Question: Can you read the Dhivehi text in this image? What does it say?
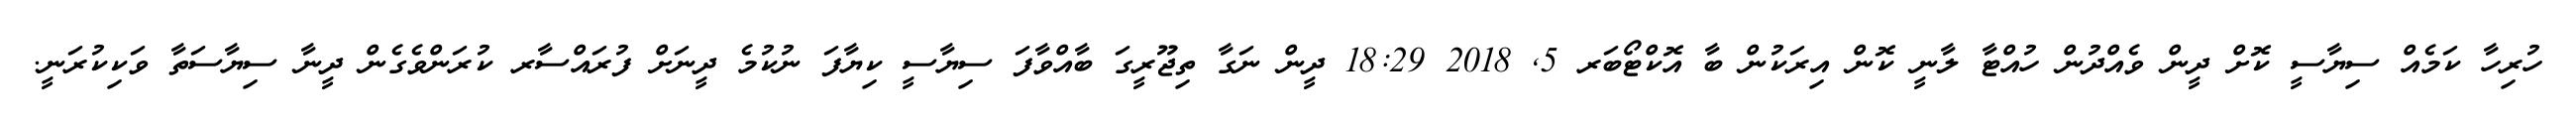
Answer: ހުރިހާ ކަމެއް ސިޔާސީ ކޮށް ދީން ވެއްދުން ހުއްޓާ ލާނީ ކޮން އިރަކުން ބާ އޮކްޓޯބަރ 5, 2018 18:29 ދީން ނަގާ ތިޖޫރީގަ ބާއްވާފަ ސިޔާސީ ކިޔާފަ ނުކުމެ ދީނަށް ފުރައްސާރ ކުރަންވެގެން ދީނާ ސިޔާސަތާ ވަކިކުރަނީ.